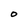
Character: O